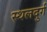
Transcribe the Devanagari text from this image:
स्थलदुर्ग